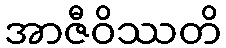
အာဇီဝိဿတိ